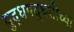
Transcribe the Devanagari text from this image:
युद्धपद्धतीच्या